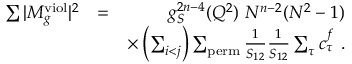
\begin{array} { r l r } { \sum \vert M _ { g } ^ { \mathrm { v i o l } } \vert ^ { 2 } } & { = } & { g _ { S } ^ { 2 n - 4 } ( Q ^ { 2 } ) ~ N ^ { n - 2 } ( N ^ { 2 } - 1 ) } \\ & { } & { \times \left( \sum _ { i < j } \right) \sum _ { \mathrm { p e r m } } \frac { 1 } { S _ { 1 2 } } \frac { 1 } { S _ { 1 2 } } \sum _ { \tau } c _ { \tau } ^ { f } ~ . } \end{array}